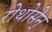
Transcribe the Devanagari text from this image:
रोथोसेन्